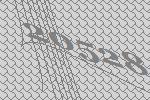
20528